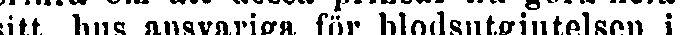
sitt hus ansvariga för blodsutgjutelsen i